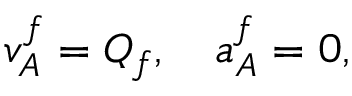
v _ { A } ^ { f } = Q _ { f } , \quad a _ { A } ^ { f } = 0 ,